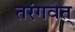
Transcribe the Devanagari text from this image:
तरंगवत्